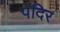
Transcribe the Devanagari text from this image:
पदिर